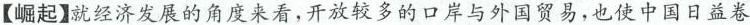
【崛起】就经济发展的角度来看，开放较多的口岸与外国贸易，也使中国日益卷